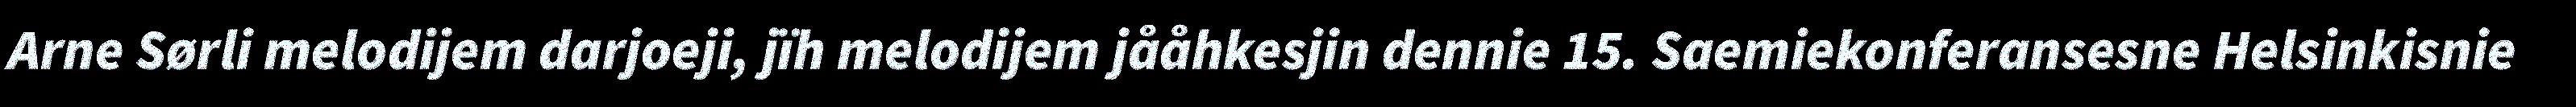
Arne Sørli melodijem darjoeji, jïh melodijem jååhkesjin dennie 15. Saemiekonferansesne Helsinkisnie